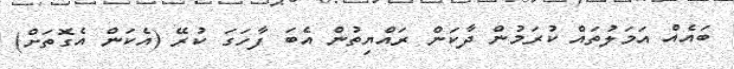
ބައެއް އަމަލުތައް ކުރަމުން ދާކަން ރައްޔިތުން އެބަ ފާހަގަ ކުރޭ (އެކަން އެގޮތަށް)